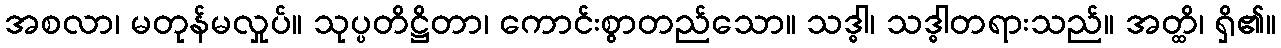
အစလာ၊ မတုန်မလှုပ်။ သုပ္ပတိဋ္ဌိတာ၊ ကောင်းစွာတည်သော။ သဒ္ဓါ၊ သဒ္ဓါတရားသည်။ အတ္ထိ၊ ရှိ၏။